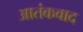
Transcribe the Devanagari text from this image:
अातंकवाद